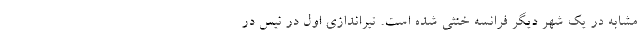
مشابه در یک شهر دیگر فرانسه خنثی شده است. تیراندازی اول در نیس در